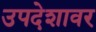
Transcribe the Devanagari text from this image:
उपदेशावर